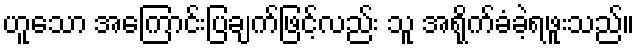
ဟူသော အကြောင်းပြချက်ဖြင့်လည်း သူ အရိုက်ခံခဲ့ရဖူးသည်။